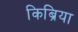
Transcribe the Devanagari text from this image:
किब्रिया